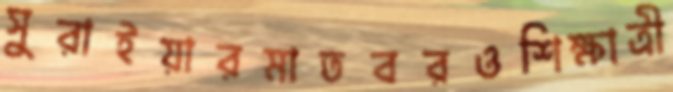
সুরাইয়ারমাতবরওশিক্ষাত্রী